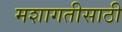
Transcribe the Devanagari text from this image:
मशागतीसाठी